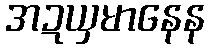
အဍယှမာနေန